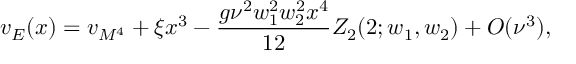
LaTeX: v _ { E } ( x ) = v _ { M ^ { 4 } } + \xi x ^ { 3 } - \frac { g \nu ^ { 2 } w _ { 1 } ^ { 2 } w _ { 2 } ^ { 2 } x ^ { 4 } } { 1 2 } Z _ { 2 } ( 2 ; w _ { 1 } , w _ { 2 } ) + { \cal O } ( \nu ^ { 3 } ) ,